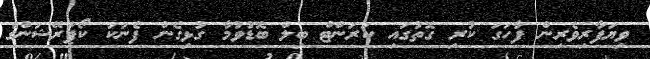
ވިޔަފާރިވެރިން ފާހަގަ ކުރި ގޮތުގައި ކަރަންޓް ބިލް ބޮޑުވުމާ ގުޅިގެން ފެނަކަ ކޯޕަރޭޝަންގެ